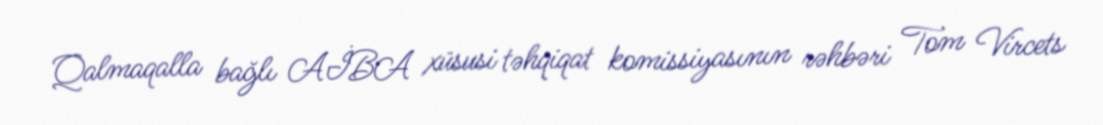
Qalmaqalla bağlı AİBA xüsusi təhqiqat komissiyasının rəhbəri Tom Vircets